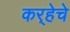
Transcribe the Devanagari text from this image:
कर्‍हेचे